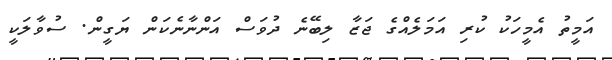
އަމީތު އެމީހަކު ކުރި އަމަލެއްގެ ޖަޒާ ލިބޭނެ ދުވަސް އަންނާނެކަން ޔަގީން. ސުވާލަކީ